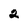
Character: 2